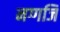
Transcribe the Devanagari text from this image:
नग्गजि